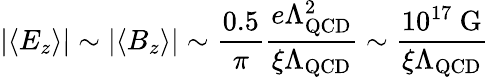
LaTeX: |\langle E_{z}\rangle|\sim|\langle B_{z}\rangle|\sim\frac{0.5}{\pi}\frac{e\Lambda_{\mathrm{QCD}}^{2}}{\xi\Lambda_{\mathrm{QCD}}}\sim\frac{10^{17}\mathrm{~G}}{\xi\Lambda_{\mathrm{QCD}}}